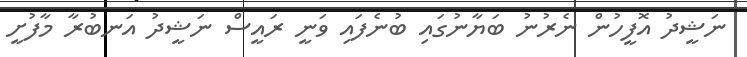
ނަޝީދު އޮފީހުން ނެރުނު ބަޔާނުގައި ބުނެފައި ވަނީ ރައީސް ނަޝީދު އަނބުރާ މާފުށީ